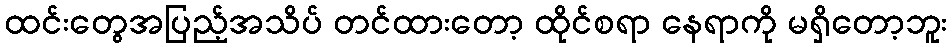
ထင်းတွေအပြည့်အသိပ် တင်ထားတော့ ထိုင်စရာ နေရာကို မရှိတော့ဘူး